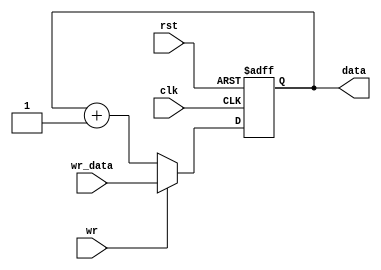
module COUNTER (
    input clk,
    input rst,
    input [DWIDTH-1:0] wr_data,
    input wr,
    output reg [DWIDTH-1:0] data
);

parameter DWIDTH = 8;

always @ (posedge clk or posedge rst)
   if (rst)
      data <= 0;
   else begin
      if(wr)
         data <= wr_data;
      else
         data <= data + 1;
   end

endmodule